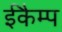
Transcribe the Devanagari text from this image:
ईकैम्प